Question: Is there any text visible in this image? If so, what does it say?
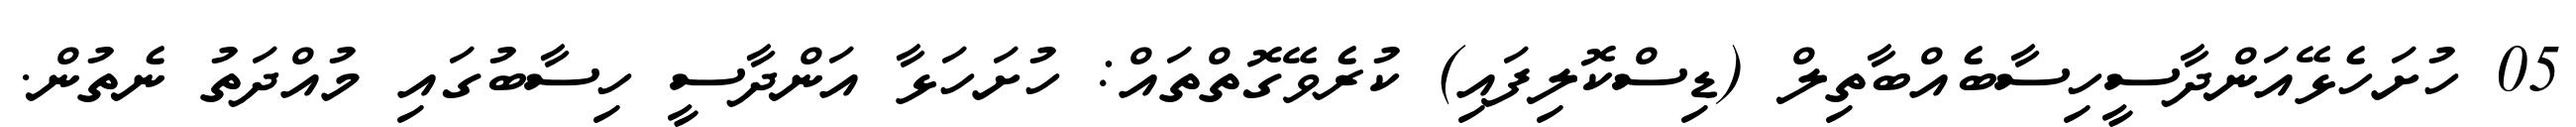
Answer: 05 ހުށަހެޅޭއަންދާސީހިސާބެއްބާތިލް (ޑިސްކޮލިފައި) ކުރެވޭގޮތްތައް: ހުށަހަޅާ އަންދާސީ ހިސާބުގައި މުއްދަތު ނެތުން.